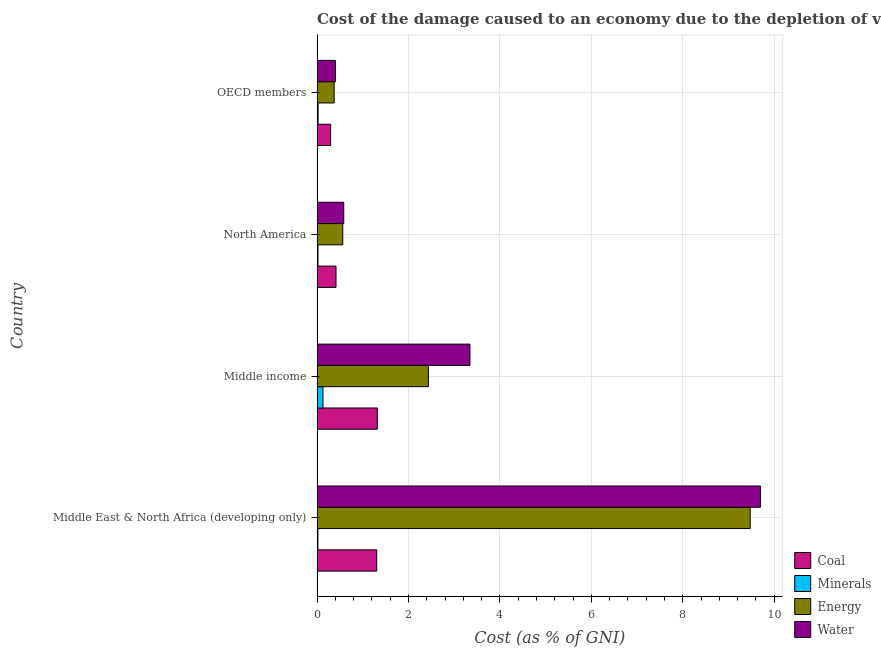
| Country | Coal | Minerals | Energy | Water |
 | --- | --- | --- | --- | --- |
 | Middle East & North Africa (developing only) | 1.31 | 0.0187 | 9.48 | 9.7 |
 | Middle income | 1.32 | 0.129 | 2.44 | 3.34 |
 | North America | 0.415 | 0.0211 | 0.563 | 0.584 |
 | OECD members | 0.298 | 0.0223 | 0.374 | 0.403 |